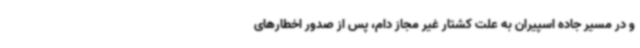
و در مسیر جاده اسپیران به علت کشتار غیر مجاز دام، پس از صدور اخطارهای